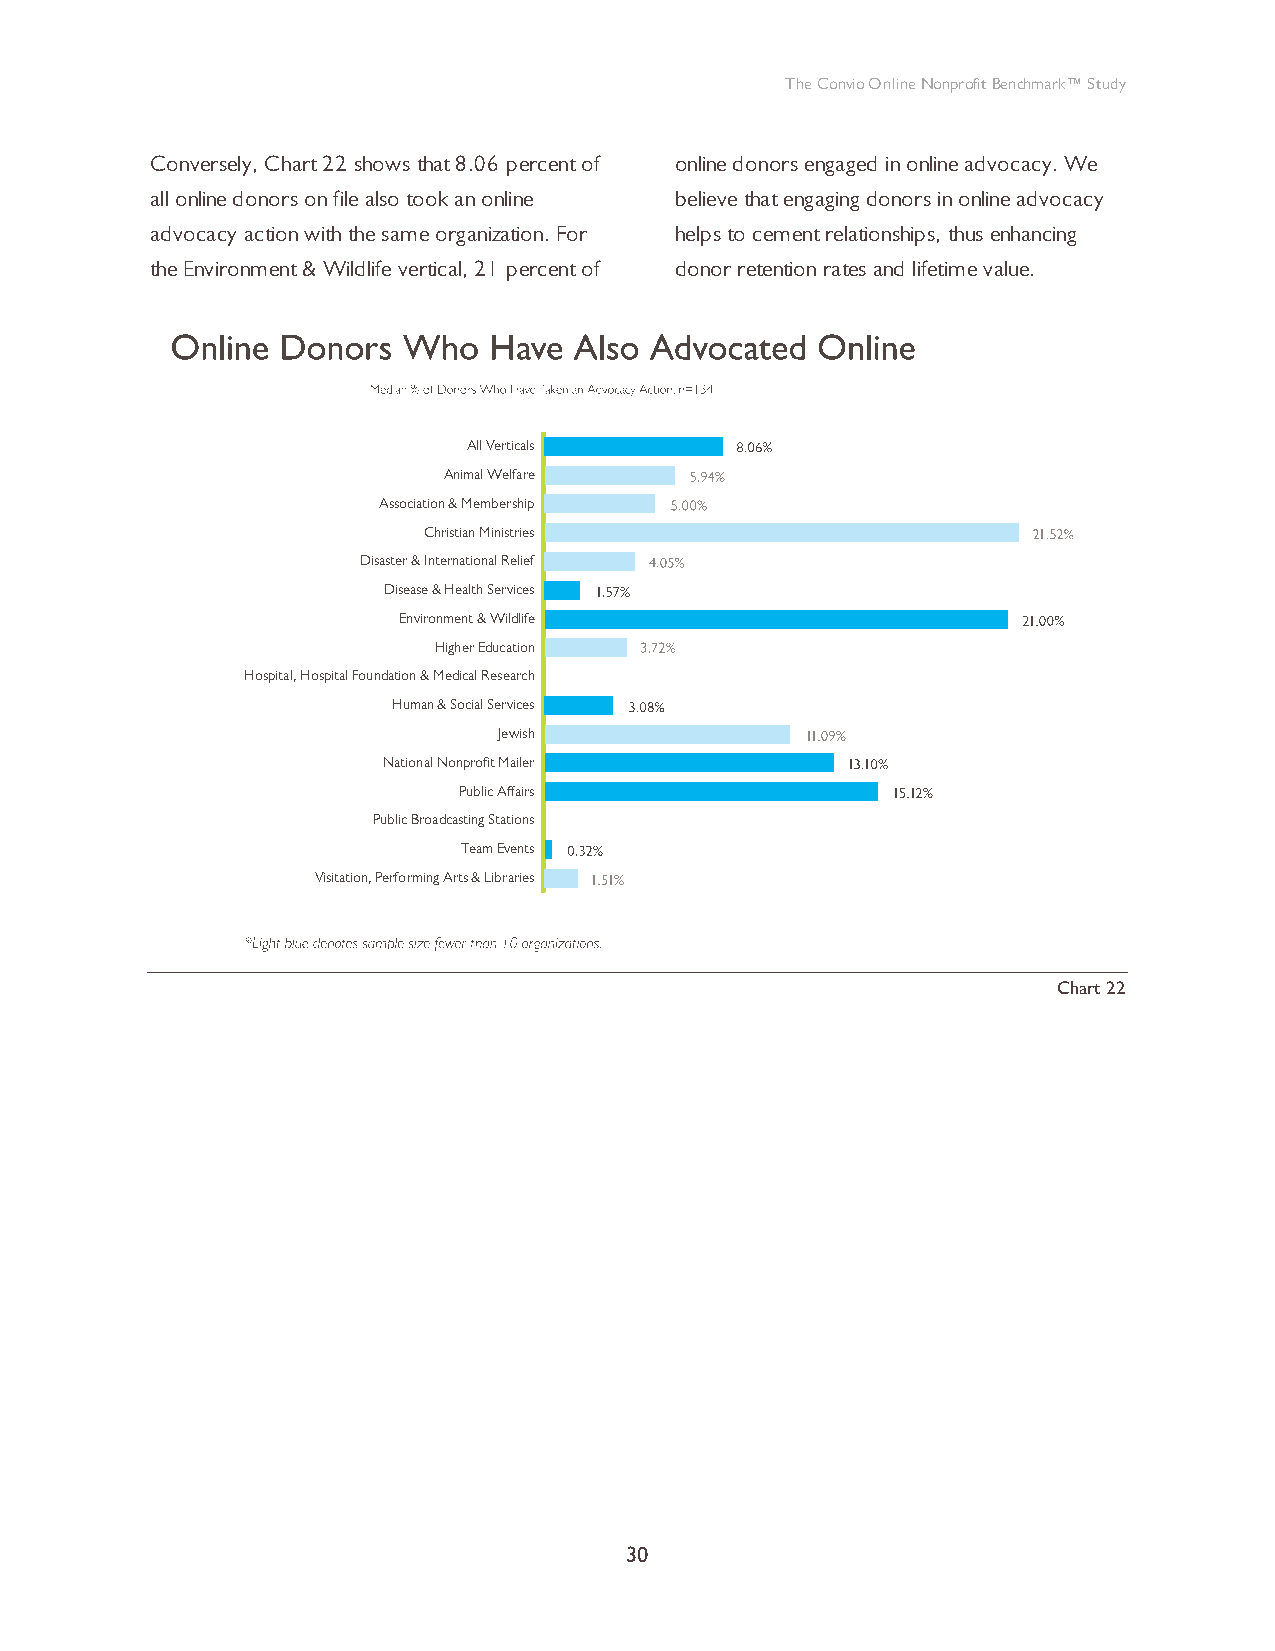
The Convio Online Nonprofit Benchmark™ Study
 Conversely, Chart 22 shows that 8.06 percent of online donors engaged in online advocacy. We
 all online donors on file also took an online believe that engaging donors in online advocacy
 advocacy action with the same organization. For helps to cement relationships, thus enhancing
 the Environment & Wildlife vertical, 21 percent of donor retention rates and lifetime value.
 All Verticals
 Animal Welfare
 Association & Membership
 Christian Ministries
 Disaster & International Relief
 Disease & Health Services
 Environment & Wildlife
 Higher Education
 Hospital, Hospital Foundation & Medical Research
 Human & Social Services
 Jewish
 National Nonprofit Mailer
 Public Affairs
 Public Broadcasting Stations
 Team Events
 Visitation, Performing Arts & Libraries
 0      5      10     15      20     25
 Chart 22
 30